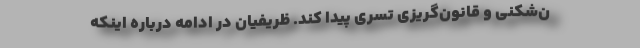
ن‌شکنی و قانون‌گریزی تسری پیدا کند. ظریفیان در ادامه درباره اینکه